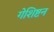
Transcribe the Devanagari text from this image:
गेशिष्टन